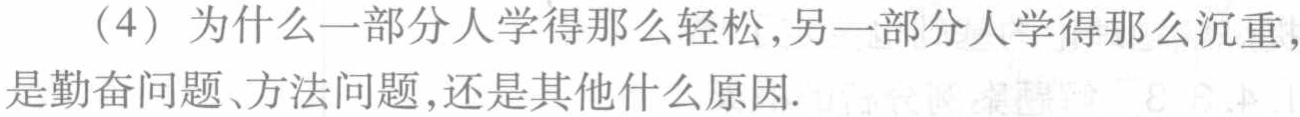
（4）为什么一部分人学得那么轻松,另一部分人学得那么沉重,是勤奋问题、方法问题,还是其他什么原因.